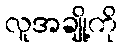
လူအချို့ကို